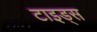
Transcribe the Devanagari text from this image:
टाइड्स